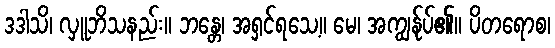
ဒဒါသိ၊ လှူဘိသနည်း။ ဘန္တေ၊ အရှင်ရသေ့။ မေ၊ အကျွန်ုပ်၏။ ပိတရောစ၊